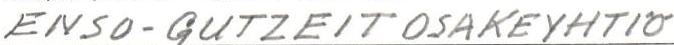
ENSO-GUTZEIT OSAKEYHTIÖ